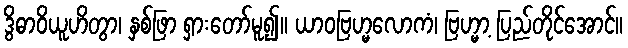
ဒွိဓာဝိယူဟိတွာ၊ နှစ်ဖြာ ရှားတော်မူ၍။ ယာဝဗြဟ္မလောကံ၊ ဗြဟ္မာ့ ပြည်တိုင်အောင်။